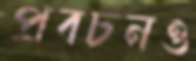
প্রবচনও